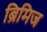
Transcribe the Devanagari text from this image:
ब्रिमिज